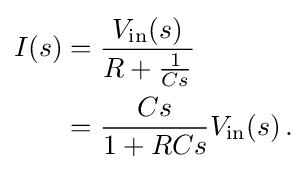
{\begin{aligned}I(s)&={\frac {V_{\mathrm {in} }(s)}{R+{\frac {1}{Cs}}}}\\&={\frac {Cs}{1+RCs}}V_{\mathrm {in} }(s)\,.\end{aligned}}